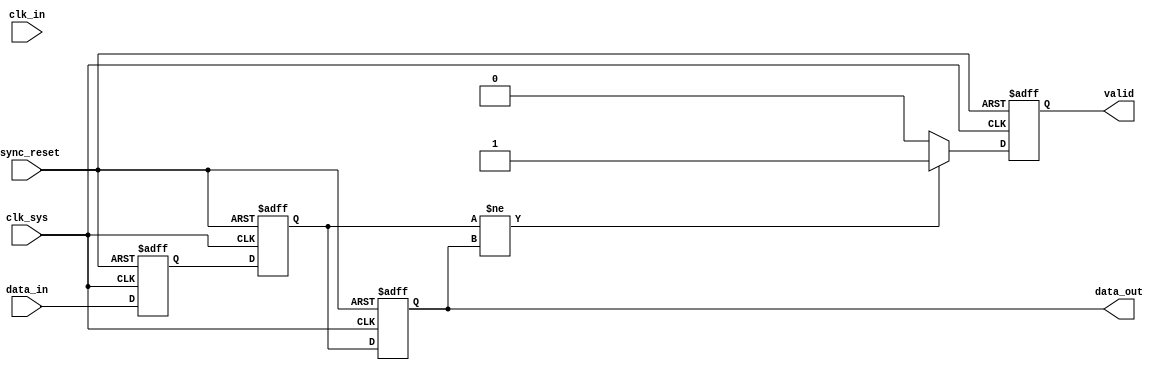
module async_to_sync_converter (
    input wire clk_sys,        // System clock
    input wire async_reset,    // Asynchronous reset
    input wire data_in,        // Asynchronous data input
    input wire clk_in,         // Asynchronous clock input
    output reg data_out,       // Synchronized data output
    output reg valid           // Valid signal
);

// Internal signals
reg data_sync_1;             // First stage of synchronization
reg data_sync_2;             // Second stage of synchronization

// Synchronization process
always @(posedge clk_sys or posedge async_reset) begin
    if (async_reset) begin
        data_sync_1 <= 1'b0;
        data_sync_2 <= 1'b0;
        data_out <= 1'b0;
        valid <= 1'b0;
    end else begin
        // Sample the asynchronous data_in signal
        data_sync_1 <= data_in; // First flip-flop
        data_sync_2 <= data_sync_1; // Second flip-flop
        
        // Detect changes to assert valid signal
        if (data_sync_2 != data_out) begin
            valid <= 1'b1; // Data is valid when it changes
        end else begin
            valid <= 1'b0; // Data is not valid when no change
        end
        
        // Register the synchronized data_out
        data_out <= data_sync_2; // Output the synchronized signal
    end
end

endmodule